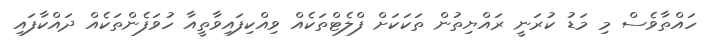
ހައްތާވެސް މި މަޑު ކުރަނީ ރައްޔިތުން ތަކަކަށް ފްލެޓްތަކެއް ވިއްކިފައިވާތީއާ ހުވަފެންތަކެއް ދައްކާފައި